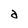
Character: a